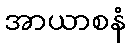
အာယာစနံ